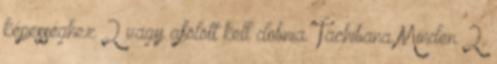
képességhez 2 vagy afölött kell dobnia. Tachibana Minden 2.